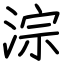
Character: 淙